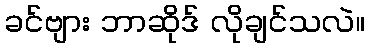
ခင်ဗျား ဘာဆိုဒ် လိုချင်သလဲ။